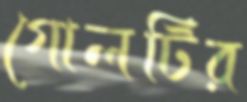
গোলটির